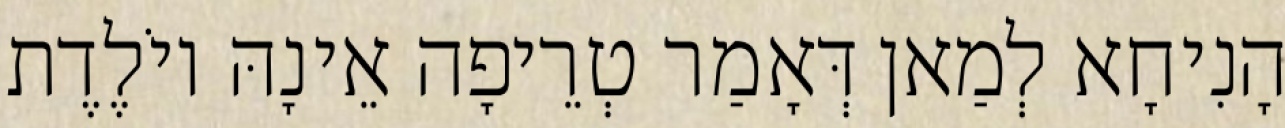
הָנִיחָא לְמַאן דְּאָמַר טְרֵיפָה אֵינָהּ יוֹלֶדֶת